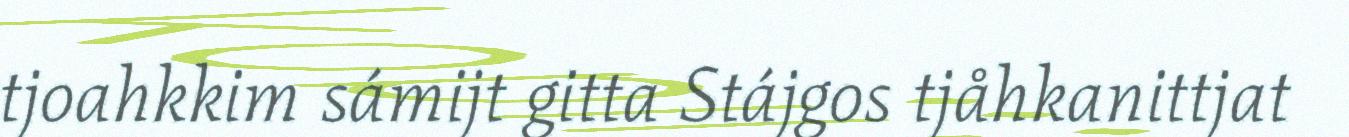
tjoahkkim sámijt gitta Stájgos tjåhkanittjat